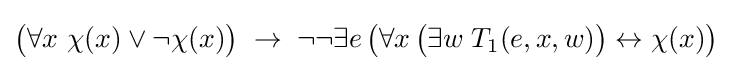
{\big (}\forall x\ \chi (x)\lor \neg \chi (x){\big )}\;\to \;\neg \neg \exists e\,{\big (}\forall x\,{\big (}\exists w\;T_{1}(e,x,w){\big )}\leftrightarrow \chi (x){\big )}